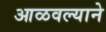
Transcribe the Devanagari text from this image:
आळवल्याने